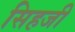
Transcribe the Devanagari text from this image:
सिहजी